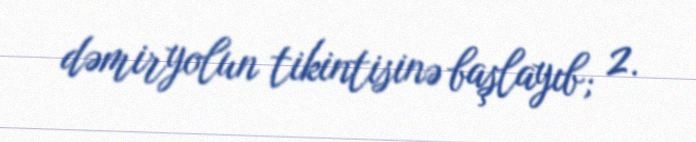
dəmiryolun tikintisinə başlayıb; 2.